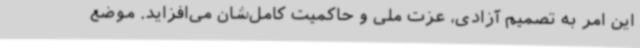
این امر به تصمیم آزادی‌، عزت ملی و حاکمیت کامل‌شان می‌افزاید. موضع